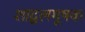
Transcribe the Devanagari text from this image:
शाद्वलमूषक